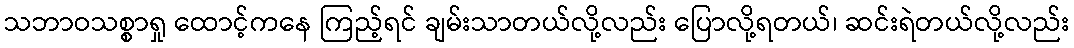
သဘာဝသစ္စာရှု ထောင့်ကနေ ကြည့်ရင် ချမ်းသာတယ်လို့လည်း ပြောလို့ရတယ်၊ ဆင်းရဲတယ်လို့လည်း